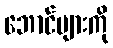
ဘောင်များကို